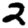
Digit: 2